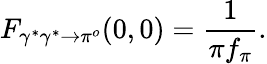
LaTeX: F_{\gamma^{*}\gamma^{*}\to\pi^{o}}(0,0)={\frac{1}{\pi f_{\pi}}}.